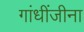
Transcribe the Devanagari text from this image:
गांधींजीना